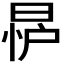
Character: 𪰨